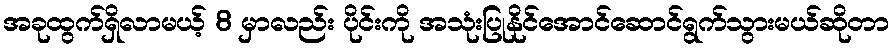
အခုထွက်ရှိလာမယ့် 8 မှာလည်း ပိုင်းကို အသုံးပြုနိုင်အောင်ဆောင်ရွက်သွားမယ်ဆိုတာ